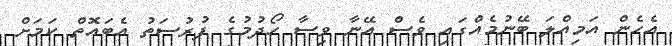
އެހެން އަމިއްލަ ބޭނުމެއްގައި ވެސް އޭނާ ވިސާ ހޯދުމުގެ ފުރުސަތު އެބައޮތް ކަމަށް